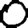
Digit: 0